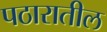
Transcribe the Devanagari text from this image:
पठारातील